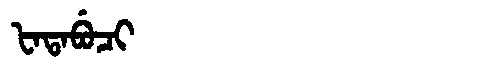
Manchu: ᡶᠠᡨᠠᠪᡠᠴᡳ
Romanization: FATABUCI